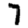
Digit: 7